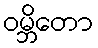
ဝမ္ဘိတော